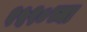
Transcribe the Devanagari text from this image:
१५९०च्या